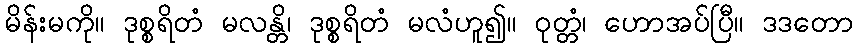
မိန်းမကို။ ဒုစ္စရိတံ မလန္တိ၊ ဒုစ္စရိတံ မလံဟူ၍။ ဝုတ္တံ၊ ဟောအပ်ပြီ။ ဒဒတော